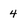
Character: 4